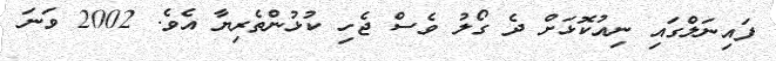
ފައިނަލްގައި ނިއުކޮޅަށް ދެ ގޯލު ވެސް ޖެހި ކުޅުންތެރިޔާ އެވެ. 2002 ވަނަ